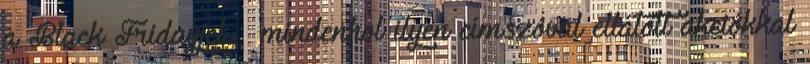
a Black Fridayjel – mindenhol ilyen címszóval ellátott akciókkal